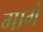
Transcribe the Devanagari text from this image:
गागे